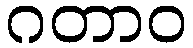
ဂတာဝ